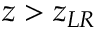
z > z _ { L R }